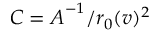
\boldsymbol { C } = \boldsymbol { A } ^ { - 1 } / r _ { 0 } ( v ) ^ { 2 }